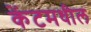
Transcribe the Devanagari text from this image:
केंटमधील